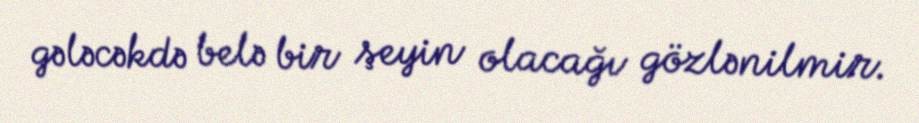
gələcəkdə belə bir şeyin olacağı gözlənilmir.